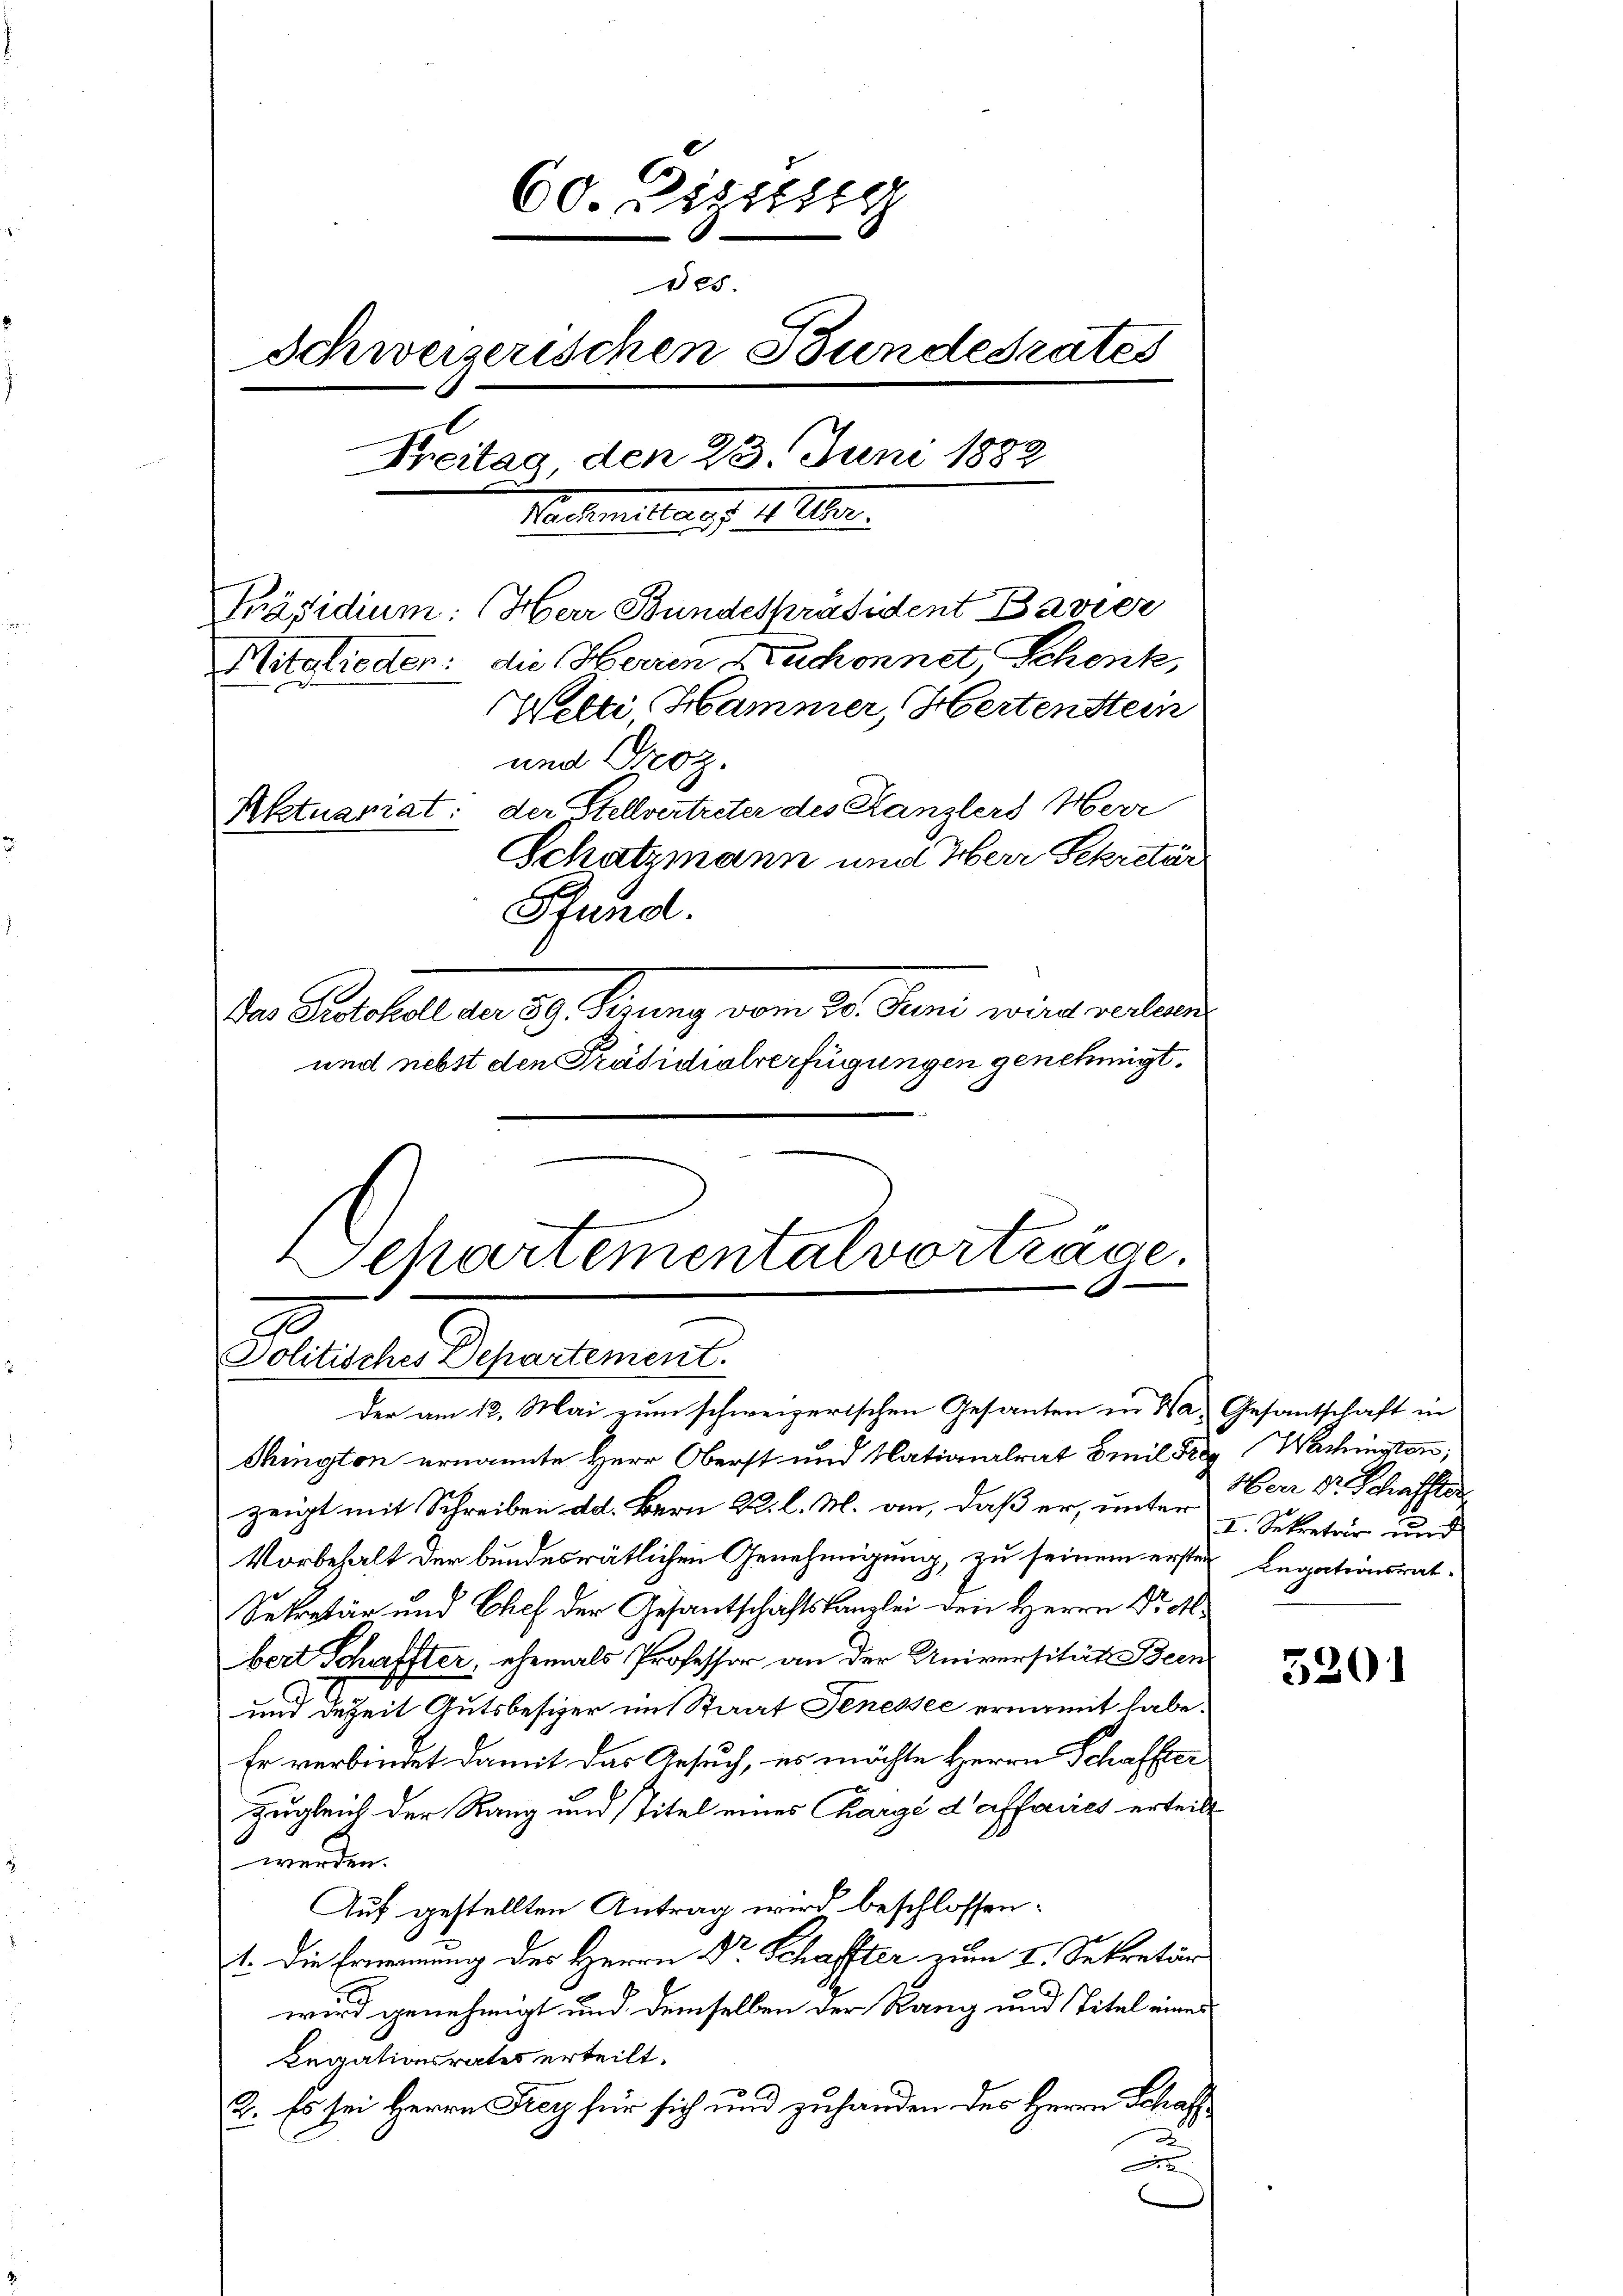
60. Zizung
des.
Schweizerischen Bundesrates
Freitag, den 23. Juni 1882
Nachmittags d. M. Iten.
Präsidium: (Herr Bundespräsident Bavier
Mitglieden: die Herren Ruchonnet, Schenk,
Welti, Hammer, Hertenstein
und Proz.
Aktuariat: der Stellvertreter des Kanzlers Herr
Schatzmann und Herr Sekretär
Pfund.
Von Protokoladen 29. Juny vom 20. Juni wird lei
und nebst den Präsidialverfügungen genehmigt.

chington ernannte Herr Oberst und Nationalrat Emil Fre
zeigt mit Schreiben dd. Bern 22. l. M. an, daß er, unter 2. Sekretär und
Vorbehalt der bundesrätlichen Genehmigung, zu seinem ersten¬
Sekretär und Chef der Gesantschaftskanzlei den Herrn Dr.
bert Schaffter, ehemals Professor an der Universität Been
und deheit Gutsbesizer im Staat Jenessee ernamit habe.
Er verbindet damit das Gesuch, es möchte Herrn Schaffter
zugleich der Rang und Titel eines Chargé d’affaires erteilt
werden.
Auf gestellten Antrag wird beschlossen:
1. Die Ernennung der Herrn Dr. Schaffter zum I. Sekretär
wird genehmigt und demselben der Rang und Titel einer
Regationsrates erteilt.
E. Es sei Herrn Rey für sich und zuhanden des Herrn Schaff¬
u
e

Separtemental vorträge.
2
Politisches Departement.
der am 12. Mai zum schweizerischen Gesanten in das Gesantschaft in

Wachingten,
Herr Dr. Schaffter
Legationsrat

5201